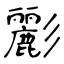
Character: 彲